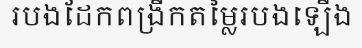
របងដែកពង្រីកតម្លៃរបងឡើង